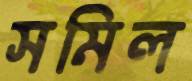
সমিল